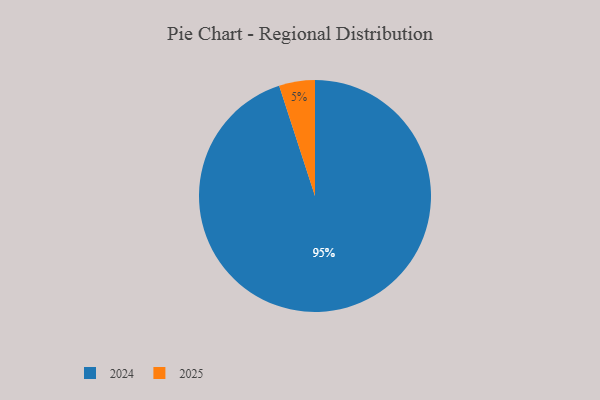
{"axis": {"x": "Category", "y": "Percentage"}, "legend": ["2024", "2025"], "data": [{"x": "2024", "y": 95, "type": "2024"}, {"x": "2025", "y": 5, "type": "2025"}]}